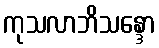
ကုသလာဘိသန္ဒော